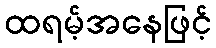
ထရမ့်အနေဖြင့်